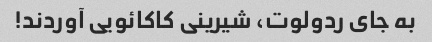
به جای ردولوت، شیرینی کاکائویی آوردند!